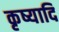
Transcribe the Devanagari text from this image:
कृष्यादि